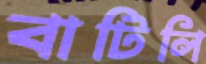
বাটিলি